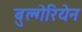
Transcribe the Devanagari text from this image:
बुल्गेरियेन